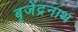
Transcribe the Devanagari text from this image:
बृजेंद्रनाथ